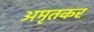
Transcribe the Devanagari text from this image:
अमृतकर